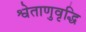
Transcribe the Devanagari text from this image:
श्वेताणुवृद्धि